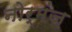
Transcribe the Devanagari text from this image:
नोर्मंज़